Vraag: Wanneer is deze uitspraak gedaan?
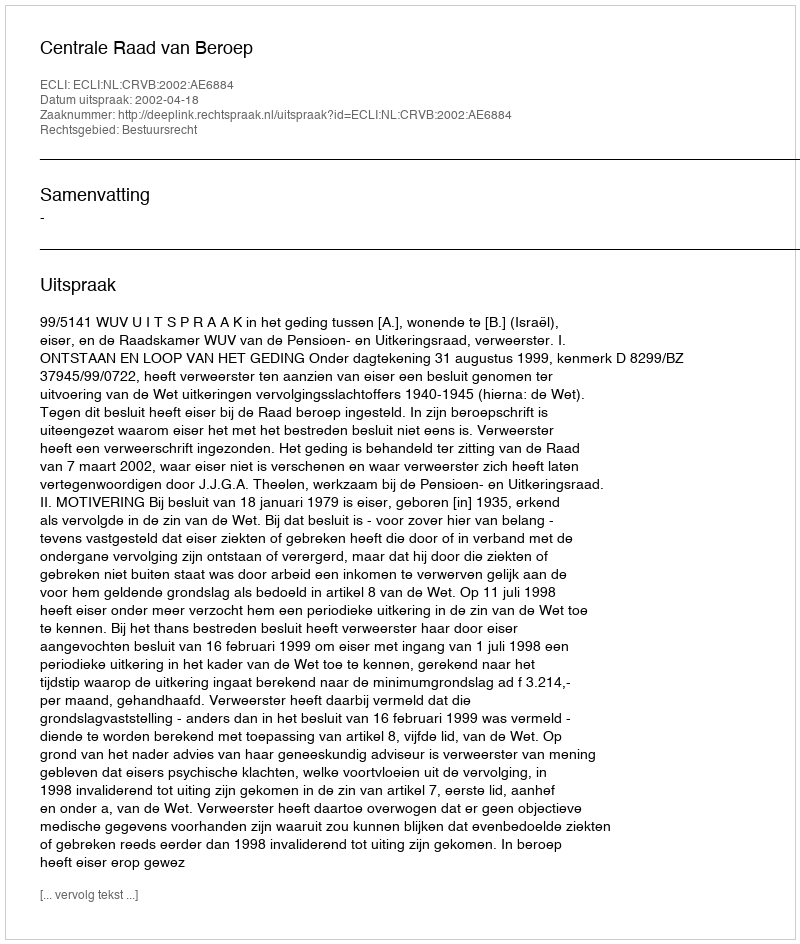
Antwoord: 2002-04-18